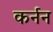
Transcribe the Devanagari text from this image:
कर्नन